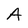
Character: A